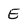
Character: E